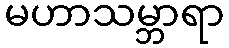
မဟာသမ္ဘာရာ